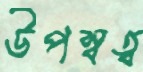
উপস্বত্ব